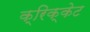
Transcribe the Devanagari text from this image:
क्रिक्केट